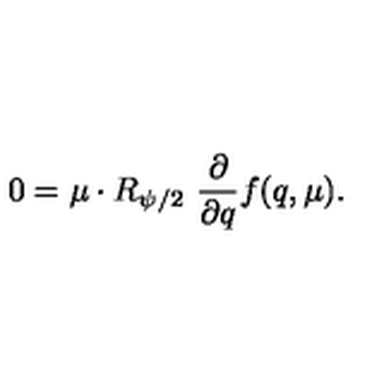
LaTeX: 0 = \mu \cdot R _ { \psi / 2 } \ { \frac { \partial } { \partial q } } f ( q , \mu ) .